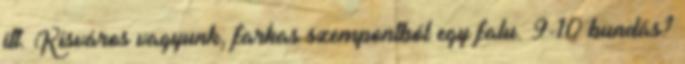
itt. Kisváros vagyunk, farkas szempontból egy falu. 9-10 bundás?